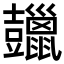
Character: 𧰠